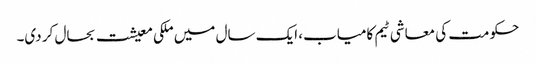
حکومت کی معاشی ٹیم کامیاب، ایک سال میں ملکی معیشت بحال کر دی۔